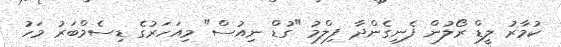
ކުމާރު ލީޑް ރޯލުން ފެނިގެންދާ ފިލްމު "ގުޑް ނިއުސް" މިއަހަރުގެ ޑިސެމްބަރު މަހު